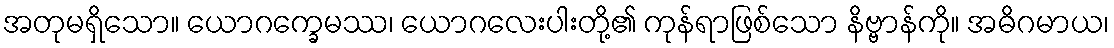
အတုမရှိသော။ ယောဂက္ခေမဿ၊ ယောဂလေးပါးတို့၏ ကုန်ရာဖြစ်သော နိဗ္ဗာန်ကို။ အဓိဂမာယ၊